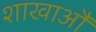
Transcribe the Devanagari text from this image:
शाखाऔं